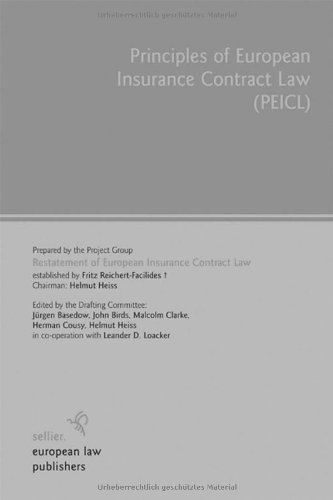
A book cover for Principles of European Insurance Contract Law: (PEICL); Law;